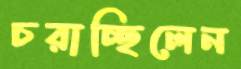
চরাচ্ছিলেন